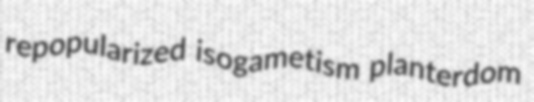
repopularized isogametism planterdom